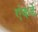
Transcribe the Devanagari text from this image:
एंकर्ड